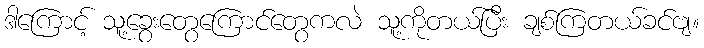
ဒါကြောင့် သူ့ခွေးတွေကြောင်တွေကလဲ သူ့ကိုတယ်ပြီး ချစ်ကြတယ်ခင်ဗျ။